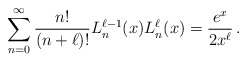
\begin{align*}\sum_{n=0}^{\infty}\frac{n!}{(n+\ell)!} L_n^{\ell-1}(x)L_n^{\ell}(x)=\frac{e^{x}}{2 x^{\ell}}\, .\end{align*}